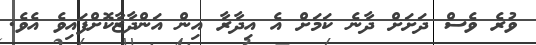
ވުރެ ވެސް ދަށަށް ދާނެ ކަމަށް އެ އިދާރާ އިން އަންދާޒާކޮށްފައިވެ އެވެ.